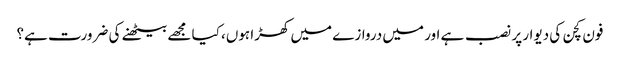
فون کچن کی دیوار پر نصب ہے اور میں دروازے میں کھڑا ہوں، کیا مجھے بیٹھنے کی ضرورت ہے؟